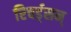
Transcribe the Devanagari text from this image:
रिचर्ड्‌सन्‌